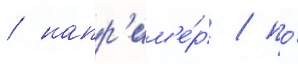
/ напр'им'е́р / по́